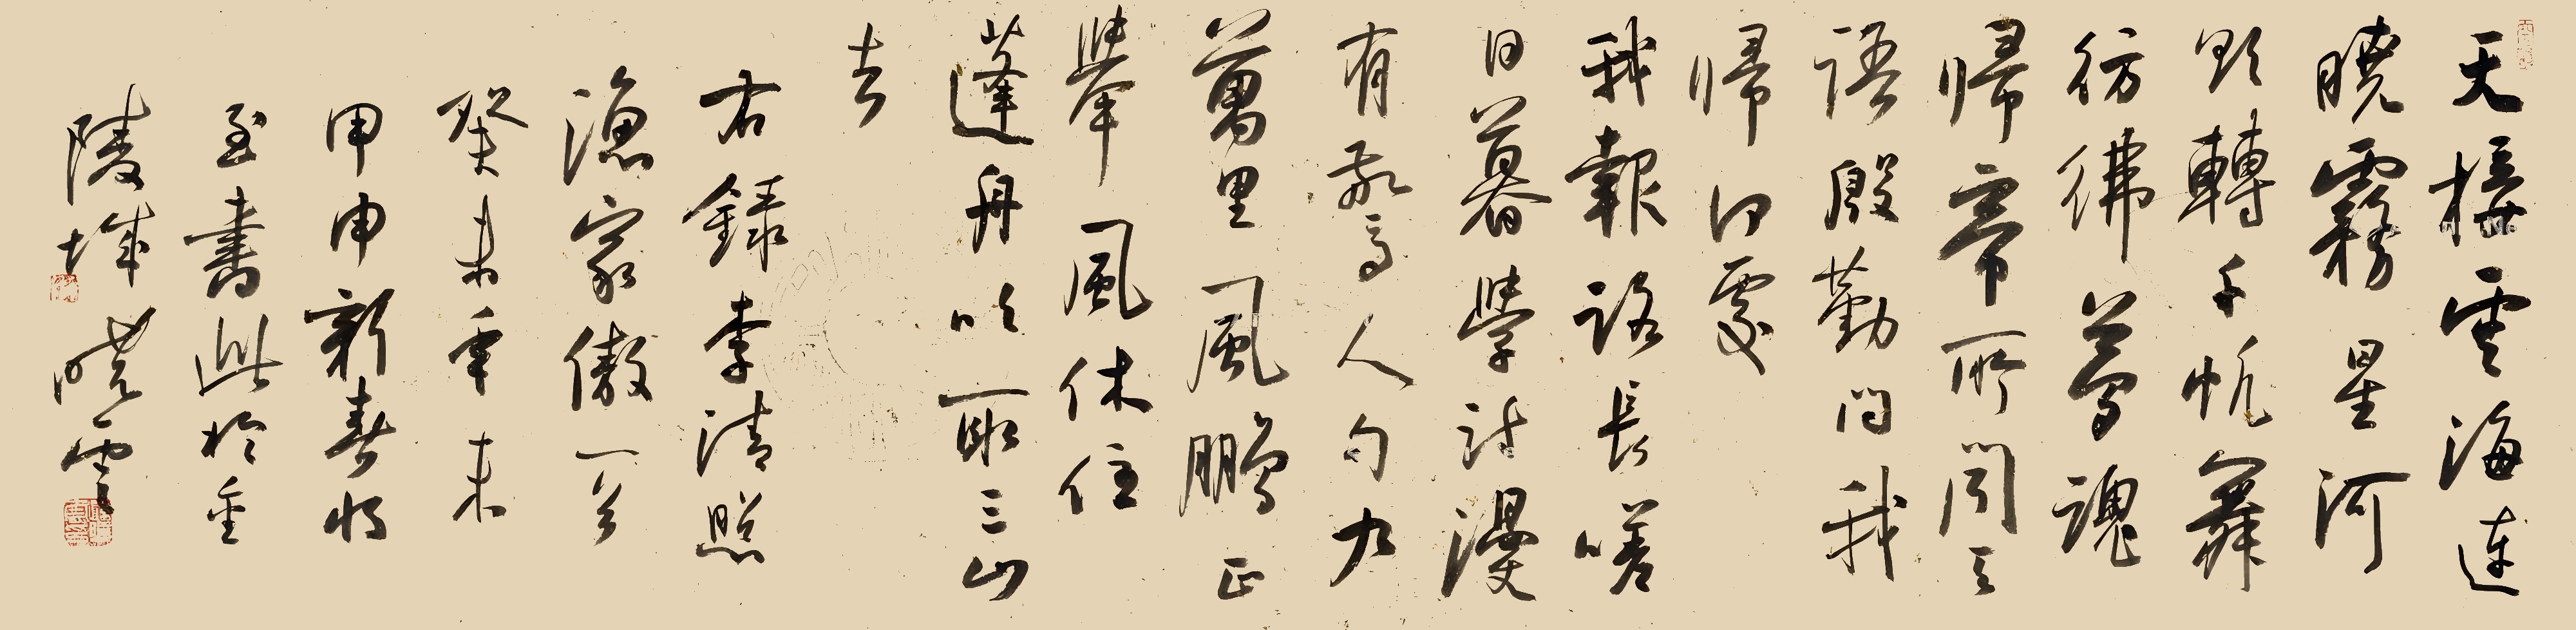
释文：天接云涛连晓雾，星河欲转千帆舞。彷佛梦魂归帝所。闻天语，殷勤问我归何处。我报路长嗟日暮，学诗谩有惊人句。九万里风鹏正举。风休住，蓬舟吹取三山去！右录李清照《渔家傲》一首。癸未年末，甲申新春将至，书此于金陵城，晓云。